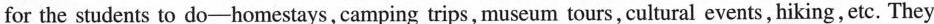
for the students to do-homestays, camping trips, museum tours, cultural events, hiking,etc. They